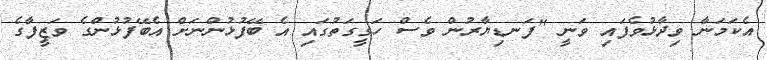
އެކަމަނާ ވިދާޅުވެފައި ވަނީ "ފަނޑިޔާރުން ވެސް ހަގީގަތުގައި އެ ބޭފުޅުންނަށް އެބޭފުޅުންގެ ވަޒީފާގެ